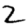
Digit: 2